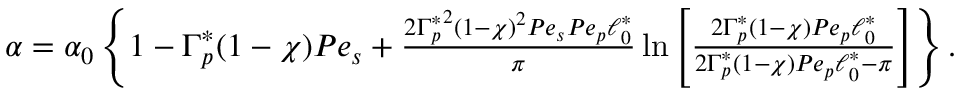
\begin{array} { r } { \alpha = \alpha _ { 0 } \left\{ 1 - \Gamma _ { p } ^ { \ast } ( 1 - \chi ) P e _ { s } + \frac { { 2 \Gamma _ { p } ^ { \ast } } ^ { 2 } ( 1 - \chi ) ^ { 2 } P e _ { s } P e _ { p } \ell _ { 0 } ^ { \ast } } { \pi } \ln \left[ \frac { 2 \Gamma _ { p } ^ { \ast } ( 1 - \chi ) P e _ { p } \ell _ { 0 } ^ { \ast } } { 2 \Gamma _ { p } ^ { \ast } ( 1 - \chi ) P e _ { p } \ell _ { 0 } ^ { \ast } - \pi } \right] \right\} . } \end{array}